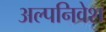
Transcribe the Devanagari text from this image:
अल्पनिवेश